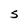
Character: S